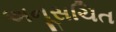
અનૂસચિત